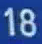
18